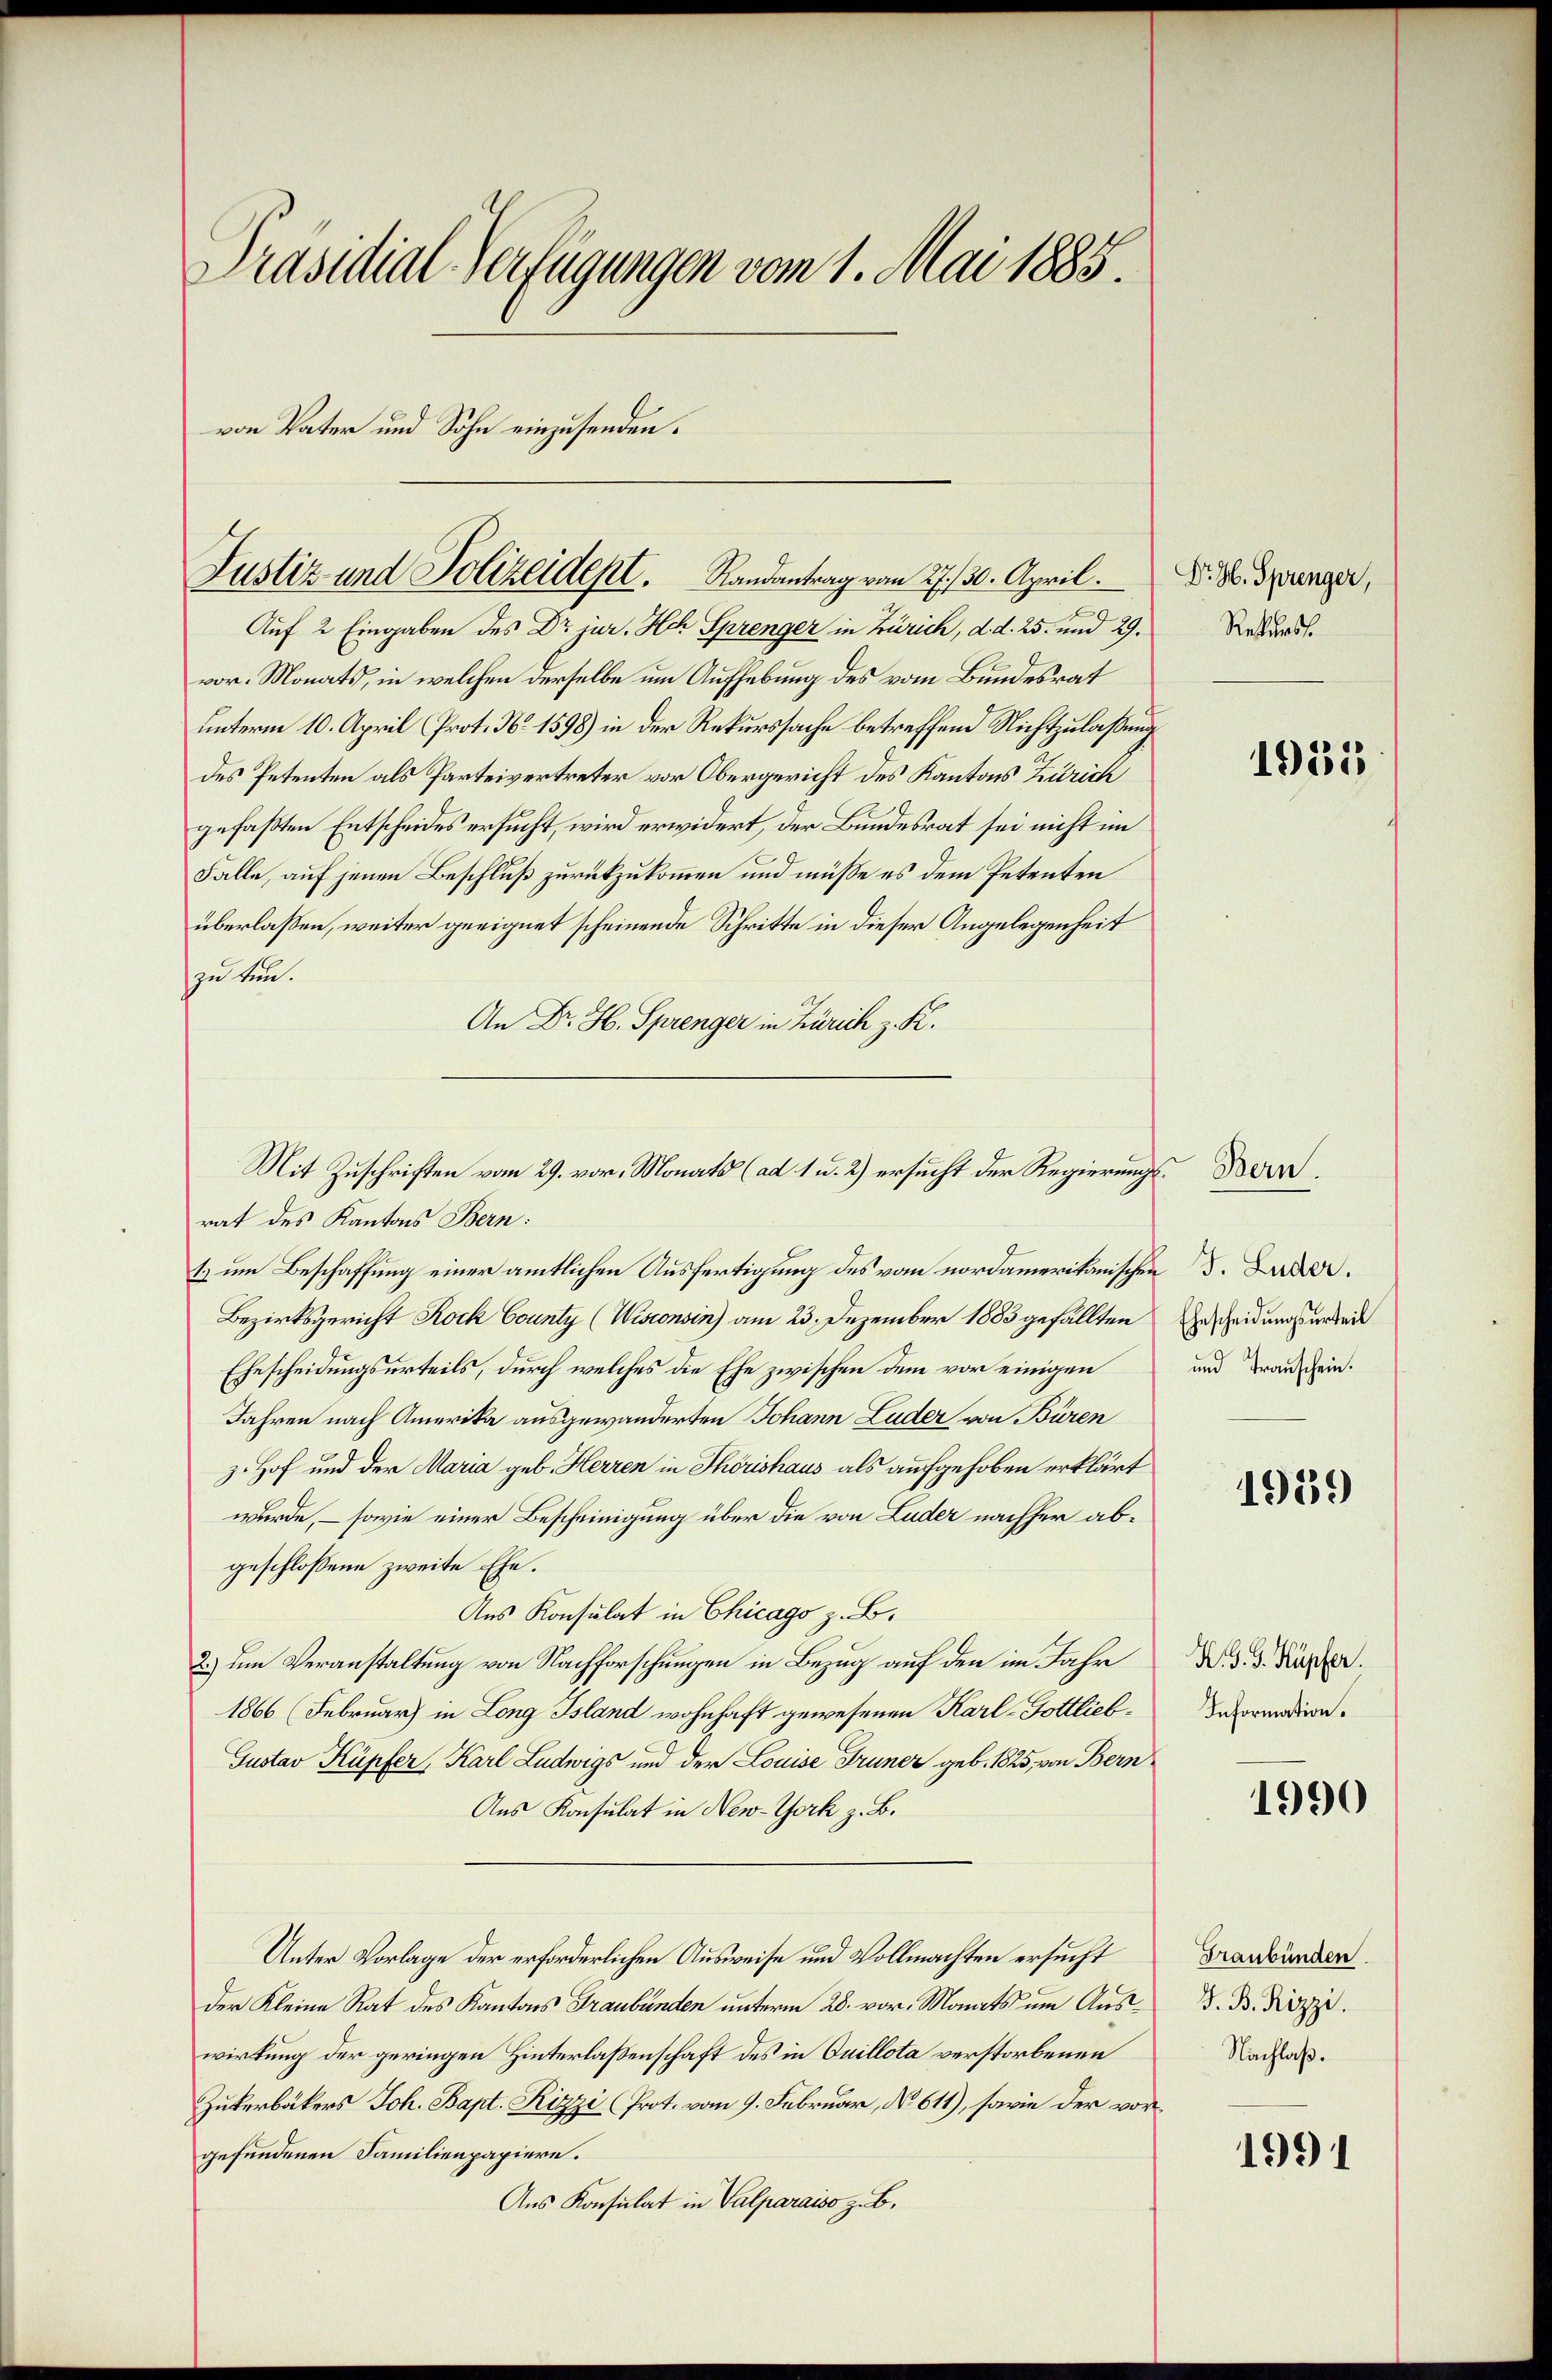
Präsidial-Verfügungen vom 1. Mai 1885.
von Vater und Sohn einzusenden.

Justiz und Polizeidept. Randantrag vom 27./30. April.

Auf 2 Eingaben des Dr jur. Hch. Sprenger in Zürich, d. d. 25. und 29.
vor. Monats, in welchen derselbe um Aufhebung des vom Bundesrat
unterm 10. April Prot. No 1598) in der Rekurssache betreffend Nichtzulaßung
des Petenten als Parteivertreter vor Obergericht des Kantons Zürich
gefaßten Entscheides ersucht, wird erwidert, der Bundesrat sei nicht im
Falle, auf jenen Beschluß zurückzukommen und müße es dem Petenten
überlaßen, weiter geeignet scheinende Schritte in dieser Angelegenheit
zu tun.
An Dr. H. Sprenger in Zürich z. K.
rat des Kantons Bern:
1.) um Beschaffung einer amtlichen Ausfertigung des vom nordamerikanischen d. Lade¬
Bezirksgericht Rock County (Wisconsin) am 23. Dezember 1883 gefällten
Ehescheidungsurteils, durch welches die Ehe zwischen dem vor einigen
Jahren nach Amerika ausgewanderten Johann Luder von Büren
z. Hof und der Maria geb. Herren in Hörishaus als aufgehoben erklärt
wurde, – sowie einer Bescheinigung über die von Luder nachher abgeschlossene zweite Ehe.
Aus Konsulat in Chicago z. B.
2.) um Veranstaltung von Nachforschungen in Bezug auf den im Jahr
1866 (Februar in Long Bsland wohnhaft gewesenen Karl- Gottlieb¬
Gustav Küpfer, Karl Ludwigs und der Louise Trüner geb. 1825, von Bern
Aus Konsulat in New-York z. B.
Unter Vorlage der erforderlichen Ausweise und Vollmachten ersucht
der Kleine Rat des Kantons Graubünden unterm 28. vor. Monats um Auswirkung der geringen Hinterlaßenschaft des in Quillota verstorbenen
Zukerbäkers Joh. Bapt. Rizzi (Prot. vom 9. Februar, No. 611), sowie der vorgefundenen Familienpapiere.
Aus Konsulat in Valparaiso z. B.

Mit Zuschriften vom 29. vor. Monats (ad 1 u. 2) ersucht der Regierungs¬

Dr. H. Sprenger,
Retschade

1955

Bern

Ehescheidungsurteil
und Transchein.

1939

K. G. G. Küpfer.
Information.

1990

Graubünden.
G. B. Rizzi.
Nachlaß.

1991